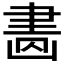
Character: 𦘚